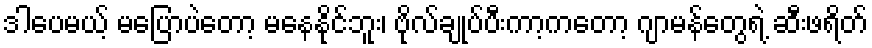
ဒါပေမယ့် မပြောပဲတော့ မနေနိုင်ဘူး၊ ဗိုလ်ချုပ်ပီးကာ့ကတော့ ဂျာမန်တွေရဲ့ ဆီးဖရိတ်